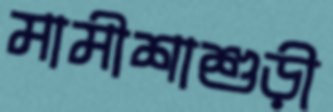
মামীশাশুড়ী